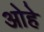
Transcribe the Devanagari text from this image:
ओहे